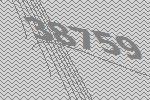
38759